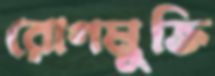
রোগমুক্তি